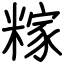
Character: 糘